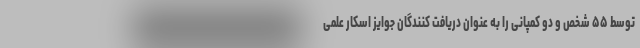
توسط ۵۵ شخص و دو کمپانی را به عنوان دریافت کنندگان جوایز اسکار علمی